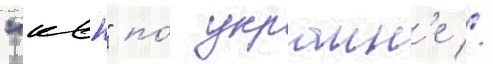
"квн" по́ украин'е //